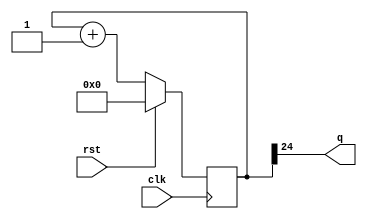
module div(clk,rst,q);
  input clk,rst;
  output q;
  reg [27:0]sig;
  assign LED=q;
always @(posedge clk)
begin
  if(rst==1)
    sig=28'b0;
  else if (rst==0)
    sig=sig+1;
  end
  assign q=sig[24];
endmodule